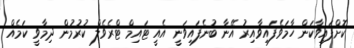
ކޮށްފައިވާކަން ހާމަވެފައިވާއިރު އޭނާ ބުނެފައިވަނީ އެއީ ޓައިމް ޓްރެވެލް ކުރުމުން ދިމާވީ ކަމެއް